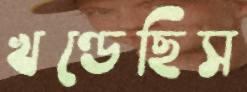
খণ্ডেছিস